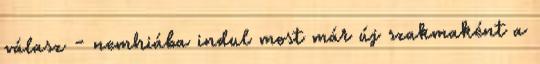
válasz - nemhiába indul most már új szakmaként a